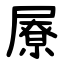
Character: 㞠